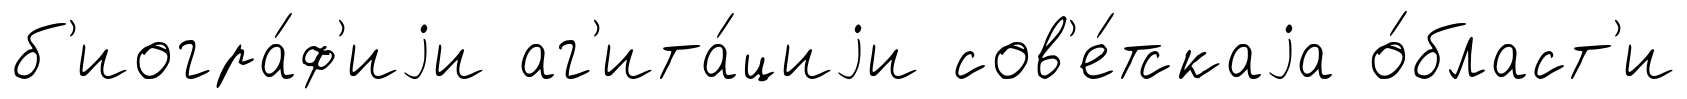
б'иогра́ф'иjи аг'ита́циjи сов'е́тскаjа о́бласт'и